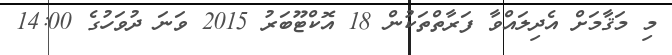
މި މަޤާމަށް އެދިލައްވާ ފަރާތްތަކުން 18 އޮކްޓޫބަރު 2015 ވަނަ ދުވަހުގެ 14:00